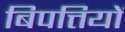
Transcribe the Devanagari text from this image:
बिपत्तियों